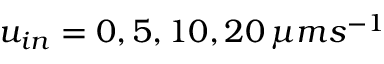
u _ { i n } = 0 , 5 , 1 0 , 2 0 \, \mu m s ^ { - 1 }